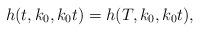
LaTeX: \begin{align*} h(t,k_0,k_0t)= h(T,k_0,k_0t), \end{align*}